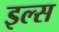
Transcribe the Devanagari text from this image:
इल्स